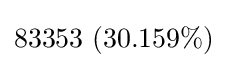
83353\ (30.159\%)